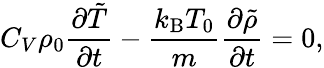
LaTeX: C_{V}\rho_{0}\frac{\partial\tilde{T}}{\partial t}-\frac{k_{\mathrm{B}}T_{0}}{m}\frac{\partial\tilde{\rho}}{\partial t}=0,